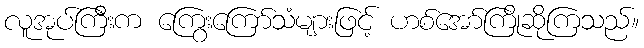
လူအုပ်ကြီးက ကြွေးကြော်သံများဖြင့် ဟစ်အော်ကြိုဆိုကြသည်။